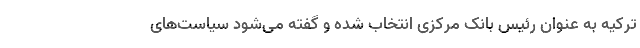
ترکیه به عنوان رئیس بانک مرکزی انتخاب شده و گفته می‌شود سیاست‌های